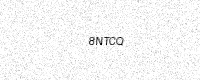
Text: 8NTCQ